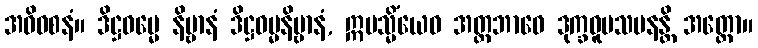
အဓိဝစနံ။ ဒိဋ္ဌဓမ္မေ နိဗ္ဗာနံ ဒိဋ္ဌဓမ္မနိဗ္ဗာနံ, ဣမသ္မိံယေဝ အတ္တဘာဝေ ဒုက္ခဝူပသမနန္တိ အတ္ထော။